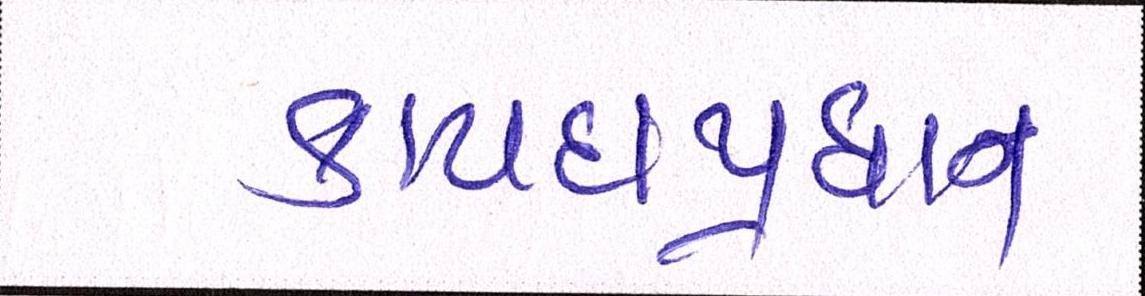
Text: કાયદાપ્રધાન